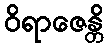
ဝိရာဇေန္တိ